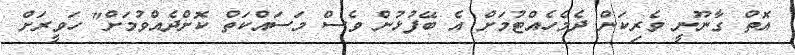
އޮތް ގާނޫނީ ވެރިކަން ދެމެހެއްޓުމަށް އެ ބޭފުޅުން ވެސް މަސައްކަތް ކޮށްދެއްވުމަށް" ހަވީރަށް